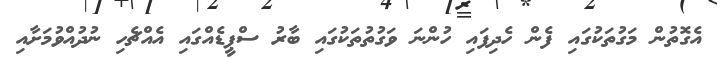
އެގޮތުން މަގުތަކުގައި ފެން ހެދިފައި ހުންނަ ވަގުތުތަކުގައި ބާރު ސްޕީޑެއްގައި އެއްޗެހި ނުދުއްވުމަށާއި